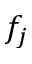
f _ { j }